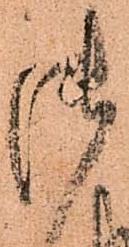
御